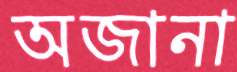
অজানা